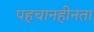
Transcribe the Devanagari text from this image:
पहचानहीनता